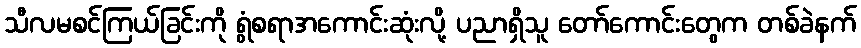
သီလမစင်ကြယ်ခြင်းကို ရွံစရာအကောင်းဆုံးလို့ ပညာရှိသူ တော်ကောင်းတွေက တစ်ခဲနက်